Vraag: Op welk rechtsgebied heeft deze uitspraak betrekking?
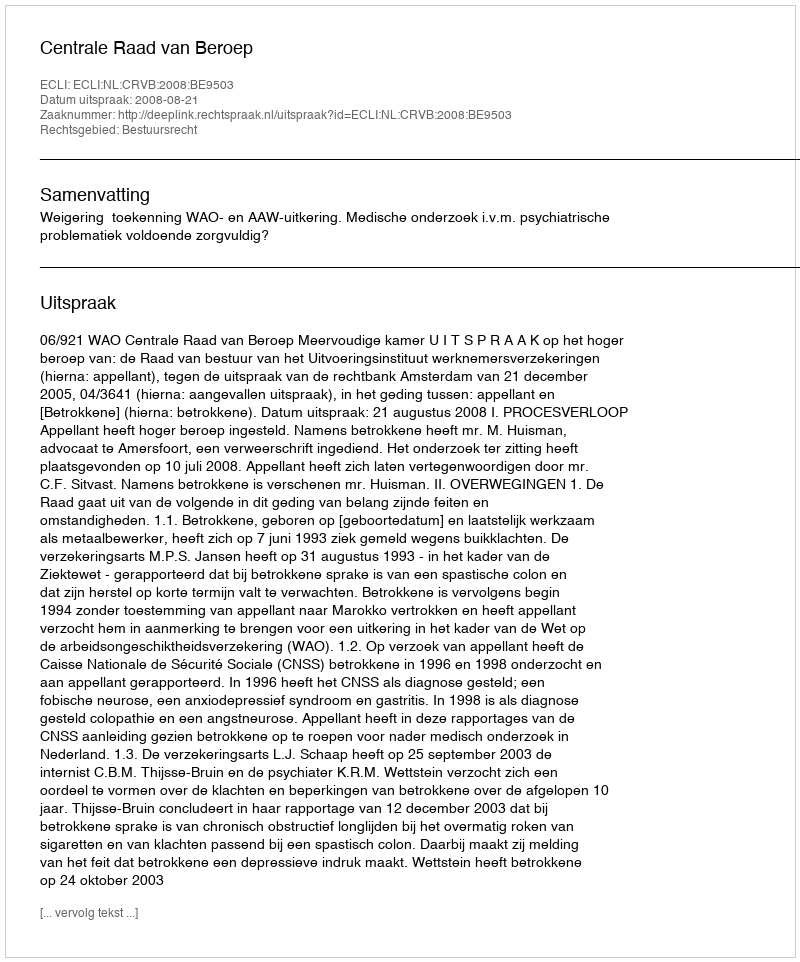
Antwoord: Bestuursrecht